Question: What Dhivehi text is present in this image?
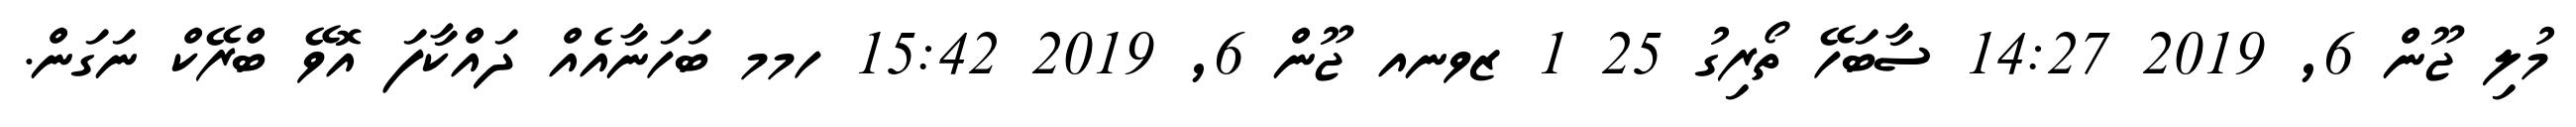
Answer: މުލި ޖޫން 6, 2019 14:27 ސާބަހޭ ތޯރިގު 25 1 ޒވނއ ޖޫން 6, 2019 15:42 ހމމ ބަހަނާއެއް ދައްކާފަ އޮވޭ ބްރޭކް ނަގަން.